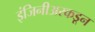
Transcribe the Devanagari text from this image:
इंजिनीअरकडून